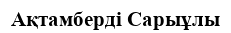
Ақтамберді Сарыұлы